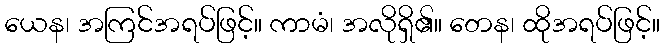
ယေန၊ အကြင်အရပ်ဖြင့်။ ကာမံ၊ အလိုရှိ၏။ တေန၊ ထိုအရပ်ဖြင့်။